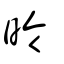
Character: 昤